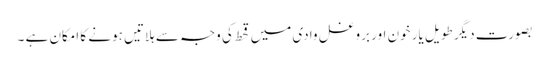
بصورت دیگر طویل یار خون اور بروغل وادی میں قحط کی وجہ سے ہلاتیں ہونے کا امکان ہے ۔